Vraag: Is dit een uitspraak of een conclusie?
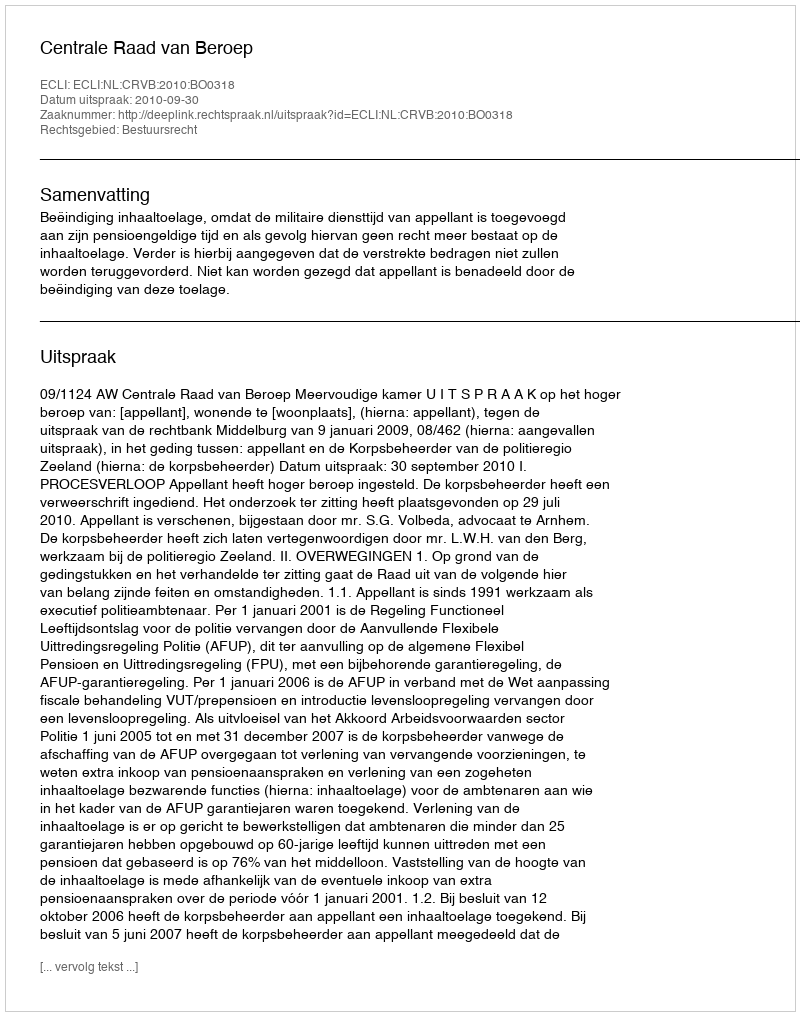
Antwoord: Uitspraak